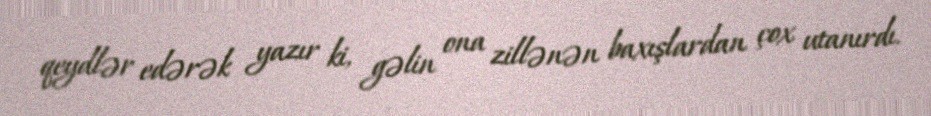
qeydlər edərək yazır ki, gəlin ona zillənən baxışlardan çox utanırdı.